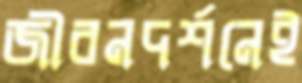
জীবনদর্শনেই